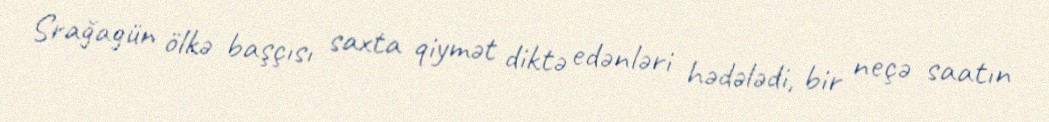
Srağagün ölkə başçısı saxta qiymət diktə edənləri hədələdi, bir neçə saatın